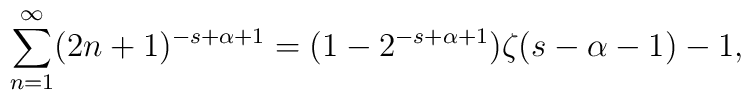
\sum_{n=1}^\infty (2n+1)^{-s+\alpha+1}=(1-2^{-s+\alpha+1})\zeta(s-\alpha-1)-1,